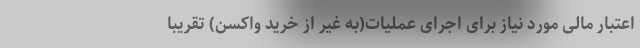
اعتبار مالی مورد نیاز برای اجرای عملیات(به غیر از خرید واکسن) تقریبا